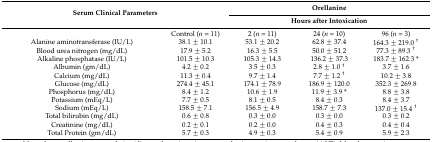
<table><thead><tr><td rowspan="2" colspan="2"><b>Serum Clinical Parameters</b></td><td colspan="3"><b>Orellanine</b></td></tr><tr><td colspan="3"><b>Hours after Intoxication</b></td></tr></thead><tbody><tr><td></td><td>Control (<i>n</i> = 11)</td><td>2 (<i>n</i> = 11)</td><td>24 (<i>n</i> = 10)</td><td>96 (<i>n</i> = 3)</td></tr><tr><td>Alanine aminotransferase (IU/L)</td><td>38.1 ± 10.1</td><td>53.1 ± 20.2</td><td>62.8 ± 37.4</td><td>164.3 ± 219.0 <sup>†</sup></td></tr><tr><td>Blood urea nitrogen (mg/dL)</td><td>17.9 ± 5.2</td><td>16.3 ± 5.5</td><td>50.0 ± 51.2</td><td>77.3 ± 89.3 <sup>†</sup></td></tr><tr><td>Alkaline phosphatase (IU/L)</td><td>101.5 ± 10.3</td><td>105.3 ± 14.3</td><td>136.2 ± 37.3</td><td>183.7 ± 162.3 *</td></tr><tr><td>Albumin (gm/dL)</td><td>4.2 ± 0.2</td><td>3.5 ± 0.3</td><td>2.8 ± 1.0 <sup>†</sup></td><td>3.7 ± 1.6</td></tr><tr><td>Calcium (mg/dL)</td><td>11.3 ± 0.4</td><td>9.7 ± 1.4</td><td>7.7 ± 1.2 <sup>†</sup></td><td>10.2 ± 3.8</td></tr><tr><td>Glucose (mg/dL)</td><td>274.4 ± 45.1</td><td>174.1 ± 78.9</td><td>186.9 ± 120.0</td><td>352.3 ± 269.8</td></tr><tr><td>Phosphorus (mg/dL)</td><td>8.4 ± 1.2</td><td>10.6 ± 1.9</td><td>11.9 ± 3.9 *</td><td>8.8 ± 3.8</td></tr><tr><td>Potassium (mEq/L)</td><td>7.7 ± 0.5</td><td>8.1 ± 0.5</td><td>8.4 ± 0.3</td><td>8.4 ± 3.7</td></tr><tr><td>Sodium (mEq/L)</td><td>158.5 ± 7.1</td><td>156.5 ± 4.9</td><td>158.7 ± 7.3</td><td>137.0 ± 15.4 <sup>†</sup></td></tr><tr><td>Total bilirubin (mg/dL)</td><td>0.6 ± 0.8</td><td>0.3 ± 0.0</td><td>0.3 ± 0.0</td><td>0.3 ± 0.2</td></tr><tr><td>Creatinine (mg/dL)</td><td>0.2 ± 0.1</td><td>0.2 ± 0.0</td><td>0.4 ± 0.3</td><td>0.4 ± 0.4</td></tr><tr><td>Total Protein (gm/dL)</td><td>5.7 ± 0.3</td><td>4.9 ± 0.3</td><td>5.4 ± 0.9</td><td>5.9 ± 2.3</td></tr></tbody></table>